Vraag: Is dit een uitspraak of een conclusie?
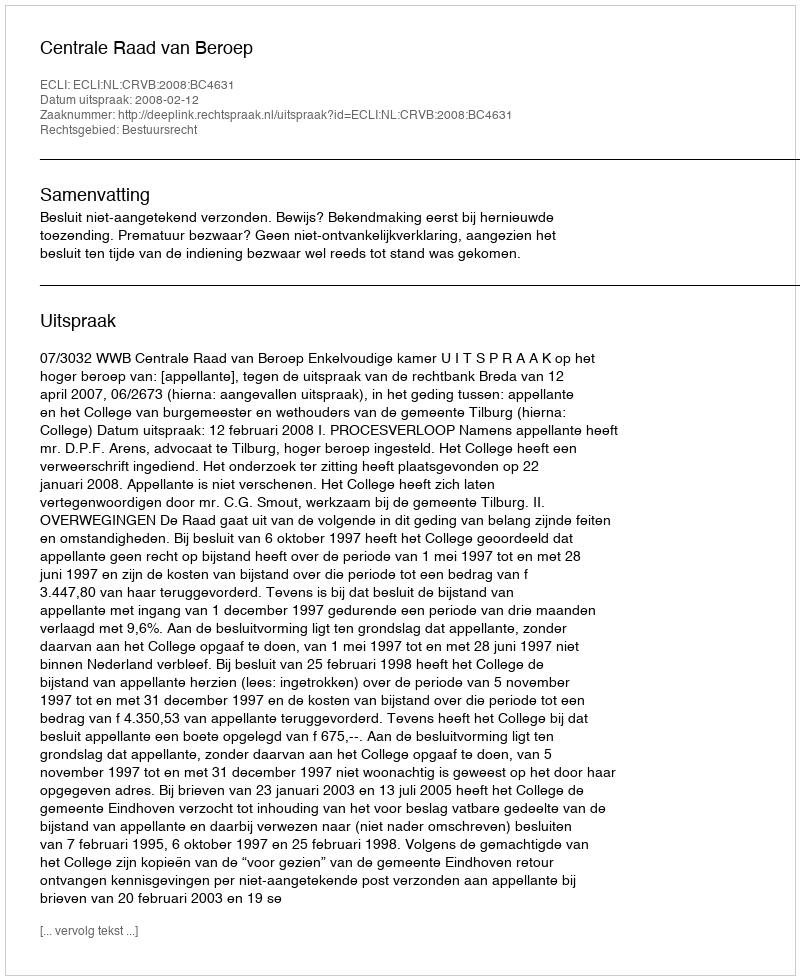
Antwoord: Uitspraak